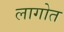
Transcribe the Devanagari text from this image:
लागोत